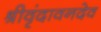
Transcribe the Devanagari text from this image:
श्रीवृंदावनदेव